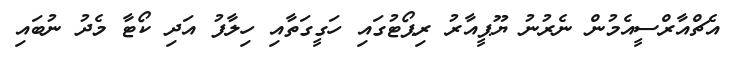
އެޗްއާރްސީއެމުން ނެރުނު ޔޫޕީއާރު ރިޕޯޓުގައި ހަގީގަތާއި ހިލާފު އަދި ކޯޓާ މެދު ނުބައި